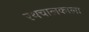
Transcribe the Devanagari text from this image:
रथचालकाला